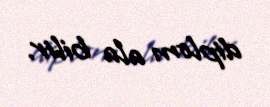
diplom ala bilir.